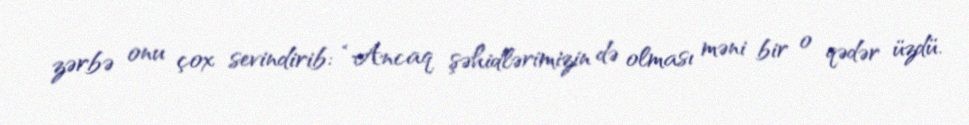
zərbə onu çox sevindirib: “Ancaq şəhidlərimizin də olması məni bir o qədər üzdü.